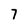
Character: 7